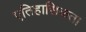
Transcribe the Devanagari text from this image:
एतिहासिकता